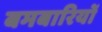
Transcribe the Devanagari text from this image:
बमबारियों